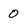
Character: 0